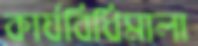
কার্যবিধিমালা